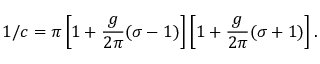
1 / c = \pi \left[ 1 + \frac { g } { 2 \pi } ( \sigma - 1 ) \right] \left[ 1 + \frac { g } { 2 \pi } ( \sigma + 1 ) \right] .